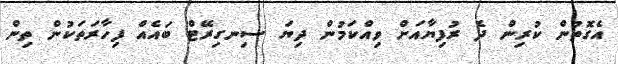
އެގޮތުން ކުރިން ދެ ރުފިޔާއަށް ވިއްކަމުން ދިޔަ ސިނގިރޭޓް ބައެއް ފިހާރަތަކުން ތިން